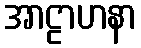
အာဠာဟနာ